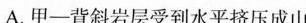
A.甲-背斜岩层受到水平挤压成山